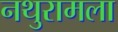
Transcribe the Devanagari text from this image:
नथुरामला